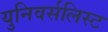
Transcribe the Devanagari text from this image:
युनिवर्सलिस्ट